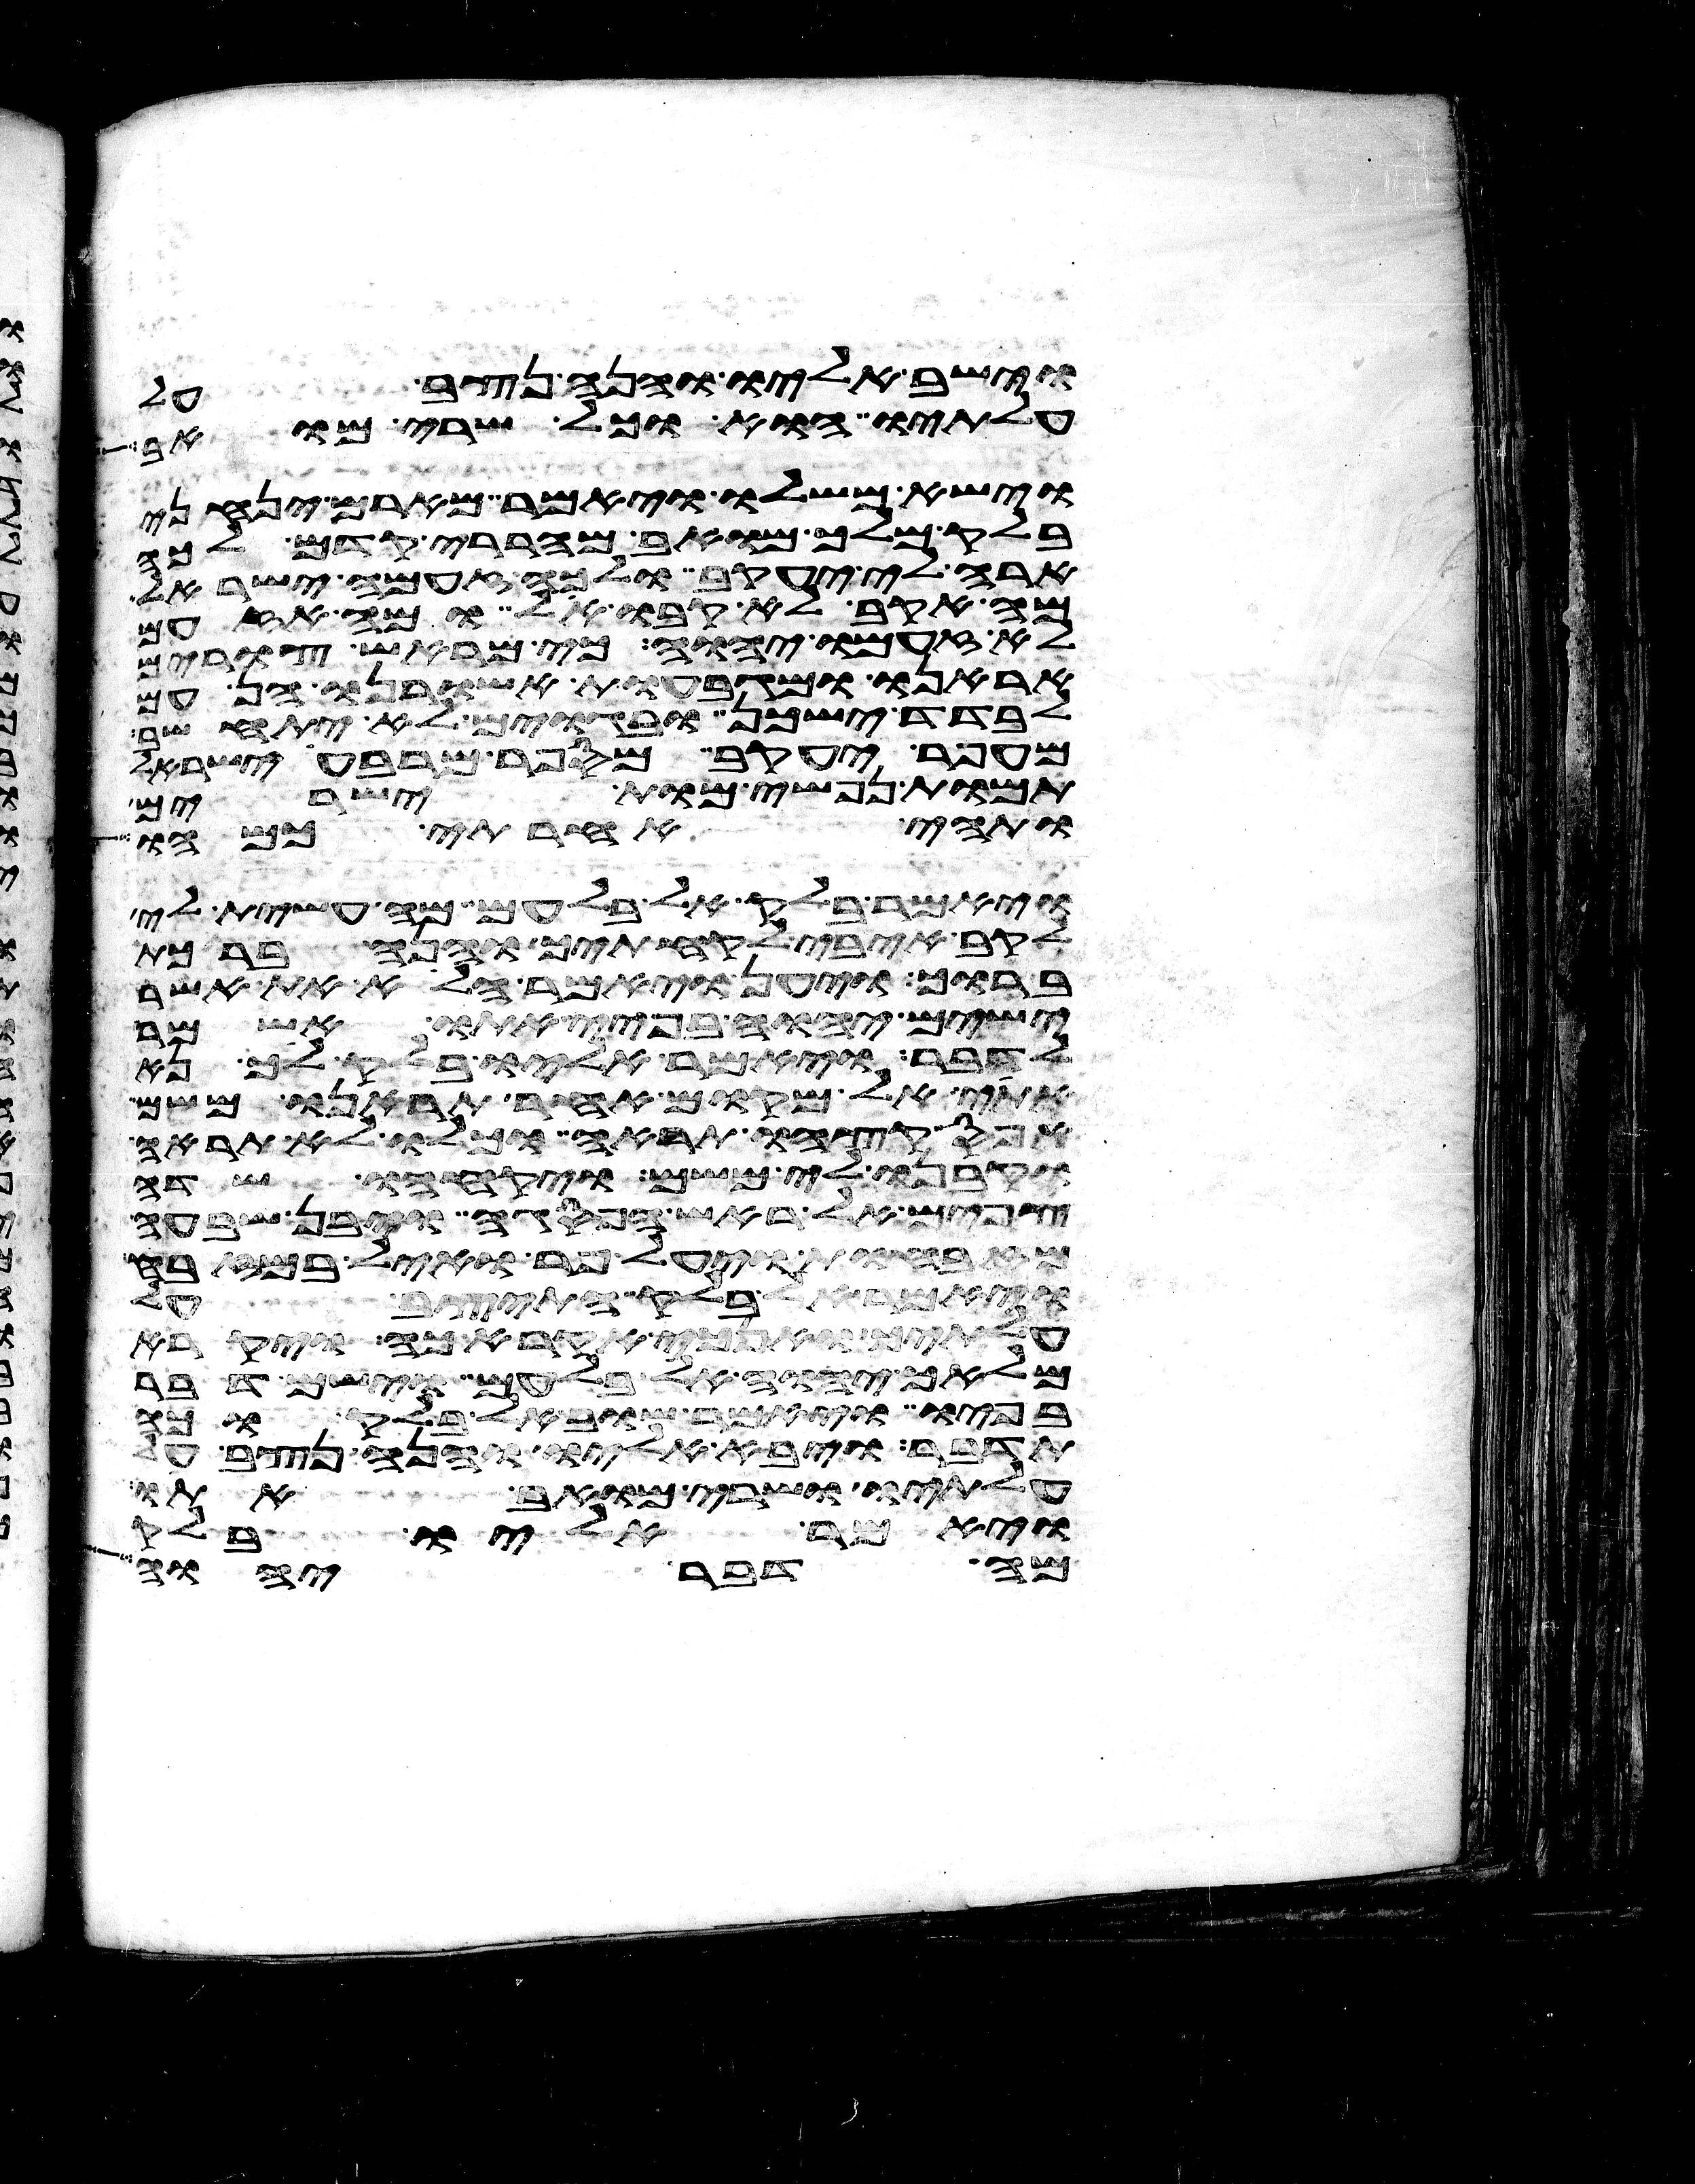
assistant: וישב אליו והנה נצב על
עלתיו הוא וכל שרי מואב
וישא משלו ויאמר מארם ינחני
בלק מלך מואב מהררי קדם לכה
ארה לי יעקב ולכה זעמה ישראל
מה אקב לא קבו אל ומה אזעם
לא זעם יהוה כי מראש צורים
אראנו ומגבעות אשורנו הן עם
לבדד ישכן ובגוים לא יתחשב
עפר יעקב ומי ספר מרבע ישראל
תמות נפשי מות ישירים
ותהי אחריתי כמהו
ויאמר בלק אל בלעם מה עשית לי
לקב איבי לקחתיך והנה ברכת
ברוך ויען ויאמר הלוא את אשר
ישים יהוה בפיי אתו אשמר
לדבר ויאמר אליו בלק לך נא
אתי אל מקום אחר תראנו משם
אפס קצהו תראה וכלו לא תראה
וקבנו לי משם ויקחהו שדה
צפים אל ראש הפסגה ויבן שבעה
מזבחות ויעל פר ואיל במזבח
ויאמר אל בלק התיצב על
עלתיך ואנכי אקרא כה ויקרא
מלאך יהוה אל בלעם וישם דבר
בפיו ויאמר שוב אל בלק וכה
תדבר ויבא אליו והנה נצב על
עלתיו ושרי מואב אתו
ויאמר אליו בלק
מה דבר יהוה